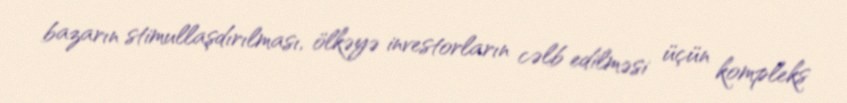
bazarın stimullaşdırılması, ölkəyə investorların cəlb edilməsi üçün kompleks